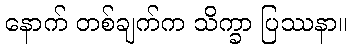
နောက် တစ်ချက်က သိက္ခာ ပြဿနာ။